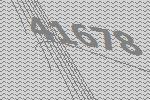
41678